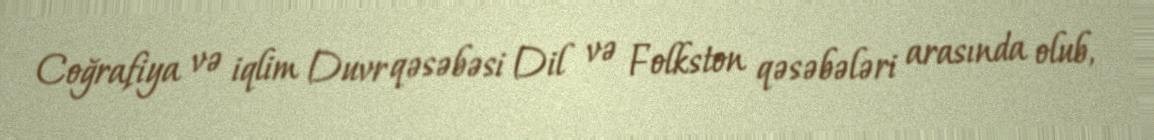
Coğrafiya və iqlim Duvr qəsəbəsi Dil və Folkston qəsəbələri arasında olub,